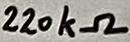
Text: 220kΩ